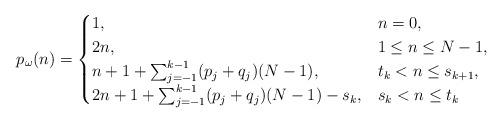
LaTeX: \begin{align*}p_{\omega}(n)=\begin{cases}1, & n = 0, \\2n,& 1\leq n\leq N-1,\\n + 1 + \sum_{j=-1}^{k-1}(p_{j} + q_{j})(N - 1) ,& t_k< n \leq s_{k+1},\\2n + 1 + \sum_{j=-1}^{k-1} (p_{j} + q_{j} ) (N - 1) - s_k,& s_k < n \leq t_k\end{cases}\end{align*}